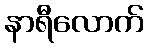
နာရီလောက်